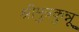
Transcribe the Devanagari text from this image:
श्रीमुत्रकुन्नू